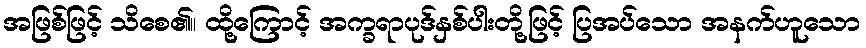
အဖြစ်ဖြင့် သိစေ၏။ ထို့ကြောင့် အက္ခရာပုဒ်နှစ်ပါးတို့ဖြင့် ပြအပ်သော အနက်ဟူသော